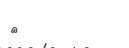
٢